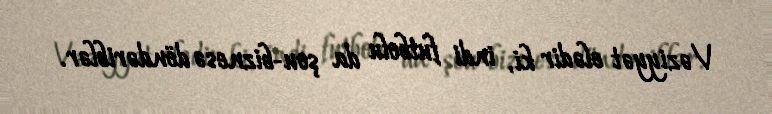
Vəziyyət elədir ki, indi futbolu da şou-biznesə döndəriblər.